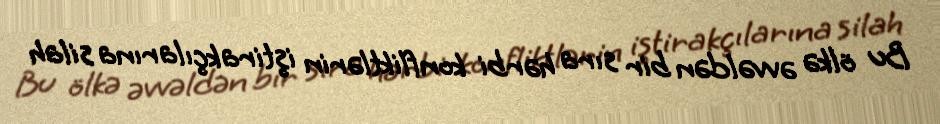
Bu ölkə əvvəldən bir sıra hərbi konfliktlərin iştirakçılarına silah